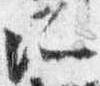
所